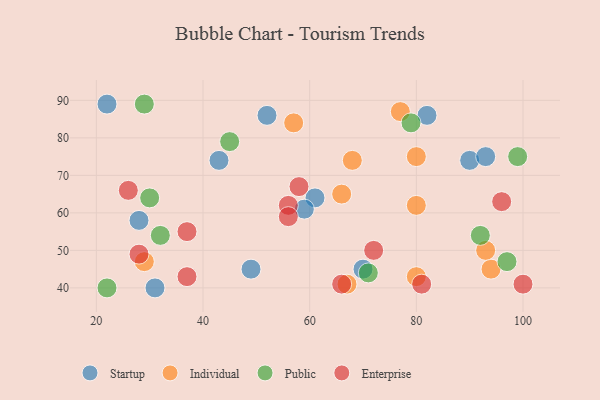
{"axis": {"x": "GDP", "y": "Life Expectancy"}, "legend": ["Enterprise", "Individual", "Public", "Startup"], "data": [{"x": "43", "y": 74, "type": "Startup"}, {"x": "31", "y": 40, "type": "Startup"}, {"x": "22", "y": 89, "type": "Startup"}, {"x": "90", "y": 74, "type": "Startup"}, {"x": "49", "y": 45, "type": "Startup"}, {"x": "82", "y": 86, "type": "Startup"}, {"x": "93", "y": 75, "type": "Startup"}, {"x": "61", "y": 64, "type": "Startup"}, {"x": "59", "y": 61, "type": "Startup"}, {"x": "28", "y": 58, "type": "Startup"}, {"x": "70", "y": 45, "type": "Startup"}, {"x": "52", "y": 86, "type": "Startup"}, {"x": "29", "y": 47, "type": "Individual"}, {"x": "94", "y": 45, "type": "Individual"}, {"x": "80", "y": 75, "type": "Individual"}, {"x": "57", "y": 84, "type": "Individual"}, {"x": "80", "y": 43, "type": "Individual"}, {"x": "77", "y": 87, "type": "Individual"}, {"x": "80", "y": 62, "type": "Individual"}, {"x": "66", "y": 65, "type": "Individual"}, {"x": "67", "y": 41, "type": "Individual"}, {"x": "68", "y": 74, "type": "Individual"}, {"x": "93", "y": 50, "type": "Individual"}, {"x": "92", "y": 54, "type": "Public"}, {"x": "79", "y": 84, "type": "Public"}, {"x": "29", "y": 89, "type": "Public"}, {"x": "22", "y": 40, "type": "Public"}, {"x": "32", "y": 54, "type": "Public"}, {"x": "45", "y": 79, "type": "Public"}, {"x": "71", "y": 44, "type": "Public"}, {"x": "30", "y": 64, "type": "Public"}, {"x": "97", "y": 47, "type": "Public"}, {"x": "99", "y": 75, "type": "Public"}, {"x": "100", "y": 41, "type": "Enterprise"}, {"x": "96", "y": 63, "type": "Enterprise"}, {"x": "26", "y": 66, "type": "Enterprise"}, {"x": "58", "y": 67, "type": "Enterprise"}, {"x": "72", "y": 50, "type": "Enterprise"}, {"x": "56", "y": 62, "type": "Enterprise"}, {"x": "37", "y": 43, "type": "Enterprise"}, {"x": "56", "y": 59, "type": "Enterprise"}, {"x": "37", "y": 55, "type": "Enterprise"}, {"x": "81", "y": 41, "type": "Enterprise"}, {"x": "66", "y": 41, "type": "Enterprise"}, {"x": "28", "y": 49, "type": "Enterprise"}]}